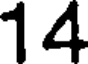
14